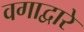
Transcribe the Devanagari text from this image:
वगाद्वारे